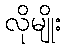
လိုမျိုး